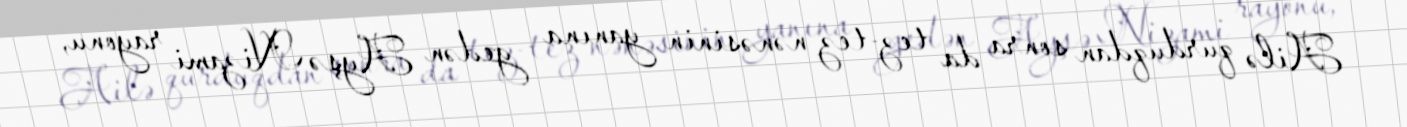
Ailə qurduqdan sonra da tez-tez nənəsinin yanına gedən Ayşə Nizami rayonu,